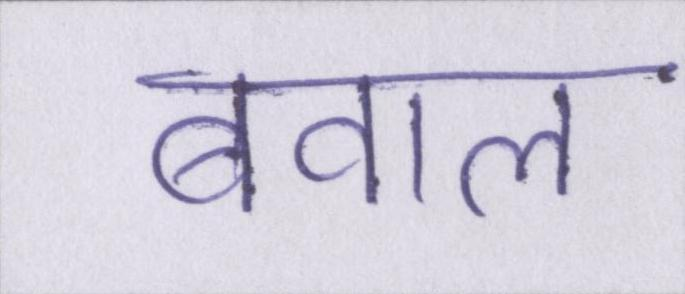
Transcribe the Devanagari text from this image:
बवाल